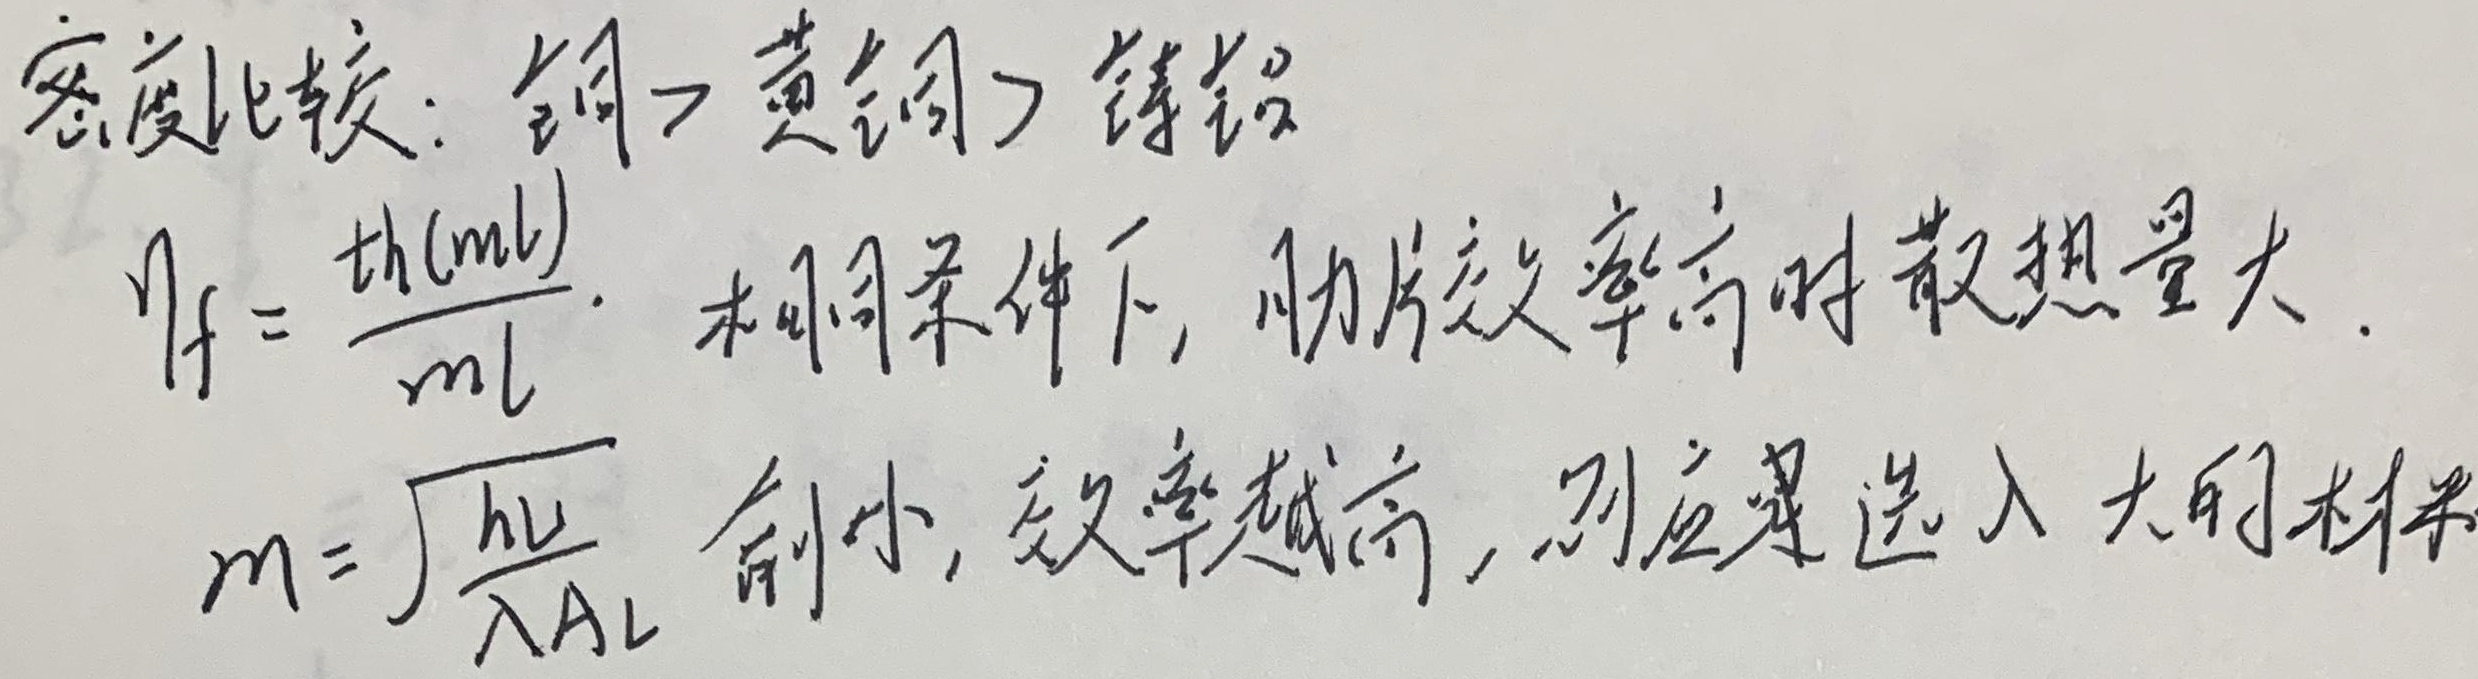
密度比较：铜 > 黄铜 > 铸铝。$\eta_f = \frac{\text{th}(ml)}{ml}$，相同条件下，肋片效率高时散热量大。$m = \sqrt{\frac{hu}{\lambda A_L}}$越小，效率越高，因此应选用大的材料 。